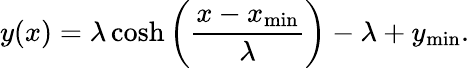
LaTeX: y(x)=\lambda\cosh\left(\frac{x-x_{\mathrm{min}}}{\lambda}\right)-\lambda+y_{\mathrm{min}}.